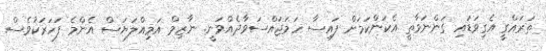
ތަރައްގީ އެގިވަޑައި ގަންނަވާތީ އެކަންކަމަށް ފައިސާ ހަމަޖައްސަވާދެއްވަނީ. ނާޒިމް އަމިއްލަޔަސް އެންމެ ފަހަރަކުވެސް